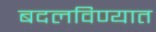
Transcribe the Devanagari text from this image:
बदलविण्यात